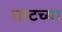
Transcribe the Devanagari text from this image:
घाटच्या